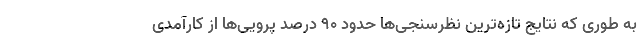
به طوری که نتایج تازه‌ترین نظرسنجی‌ها حدود ۹۰ درصد پرویی‌ها از کارآمدی